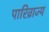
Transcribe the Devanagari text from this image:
पारिव्राज्य